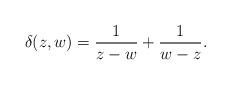
LaTeX: \begin{gather*}\delta(z,w)=\frac1{z-w}+\frac1{w-z}.\end{gather*}